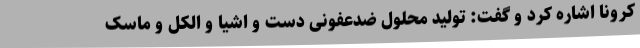
کرونا اشاره کرد و گفت: تولید محلول ضدعفونی دست و اشیا و الکل و ماسک